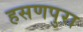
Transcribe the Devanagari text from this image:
हसणपुरा